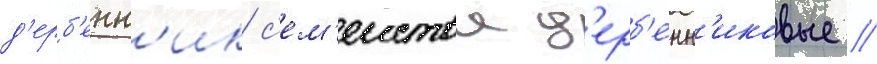
д'ерб'енн'ик с'ем'еиства д'ерб'енн'иковые //